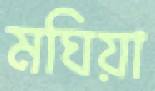
মঘিয়া